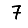
Digit: 7